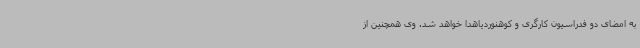
به امضای دو فدراسیون کارگری و کوهنوردیاهدا خواهد شد. وی همچنین از